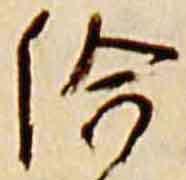
給